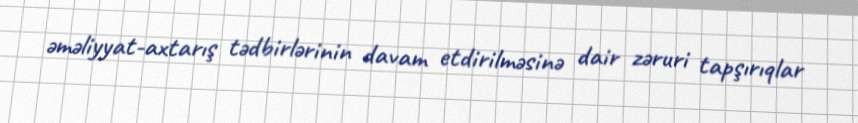
əməliyyat-axtarış tədbirlərinin davam etdirilməsinə dair zəruri tapşırıqlar